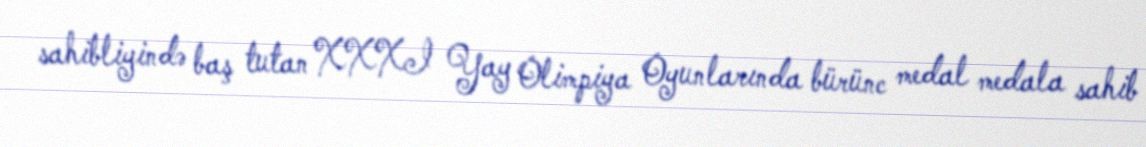
sahibliyində baş tutan XXXI Yay Olimpiya Oyunlarında bürünc medal medala sahib